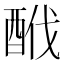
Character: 䣹